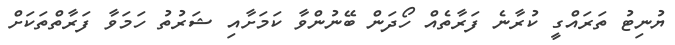
ޔުނިޓު ތަރައްގީ ކުރާނެ ފަރާތެއް ހޯދަން ބޭނުންވާ ކަމަށާއި ޝަރުތު ހަމަވާ ފަރާތްތަކަށް